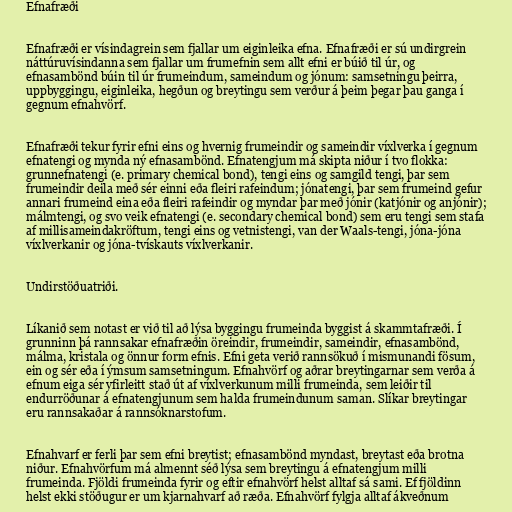
Efnafræði

Efnafræði er vísindagrein sem fjallar um eiginleika efna. Efnafræði er sú undirgrein
náttúruvísindanna sem fjallar um frumefnin sem allt efni er búið til úr, og
efnasambönd búin til úr frumeindum, sameindum og jónum: samsetningu þeirra,
uppbyggingu, eiginleika, hegðun og breytingu sem verður á þeim þegar þau ganga í
gegnum efnahvörf.

Efnafræði tekur fyrir efni eins og hvernig frumeindir og sameindir víxlverka í gegnum
efnatengi og mynda ný efnasambönd. Efnatengjum má skipta niður í tvo flokka:
grunnefnatengi (e. primary chemical bond), tengi eins og samgild tengi, þar sem
frumeindir deila með sér einni eða fleiri rafeindum; jónatengi, þar sem frumeind gefur
annari frumeind eina eða fleiri rafeindir og myndar þar með jónir (katjónir og anjónir);
málmtengi, og svo veik efnatengi (e. secondary chemical bond) sem eru tengi sem stafa
af millisameindakröftum, tengi eins og vetnistengi, van der Waals-tengi, jóna-jóna
víxlverkanir og jóna-tvískauts víxlverkanir.

Undirstöðuatriði.

Líkanið sem notast er við til að lýsa byggingu frumeinda byggist á skammtafræði. Í
grunninn þá rannsakar efnafræðin öreindir, frumeindir, sameindir, efnasambönd,
málma, kristala og önnur form efnis. Efni geta verið rannsökuð í mismunandi fösum,
ein og sér eða í ýmsum samsetningum. Efnahvörf og aðrar breytingarnar sem verða á
efnum eiga sér yfirleitt stað út af víxlverkunum milli frumeinda, sem leiðir til
endurröðunar á efnatengjunum sem halda frumeindunum saman. Slíkar breytingar
eru rannsakaðar á rannsóknarstofum.

Efnahvarf er ferli þar sem efni breytist; efnasambönd myndast, breytast eða brotna
niður. Efnahvörfum má almennt séð lýsa sem breytingu á efnatengjum milli
frumeinda. Fjöldi frumeinda fyrir og eftir efnahvörf helst alltaf sá sami. Ef fjöldinn
helst ekki stöðugur er um kjarnahvarf að ræða. Efnahvörf fylgja alltaf ákveðnum